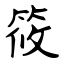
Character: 筱